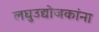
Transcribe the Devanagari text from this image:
लघुउद्योजकांना